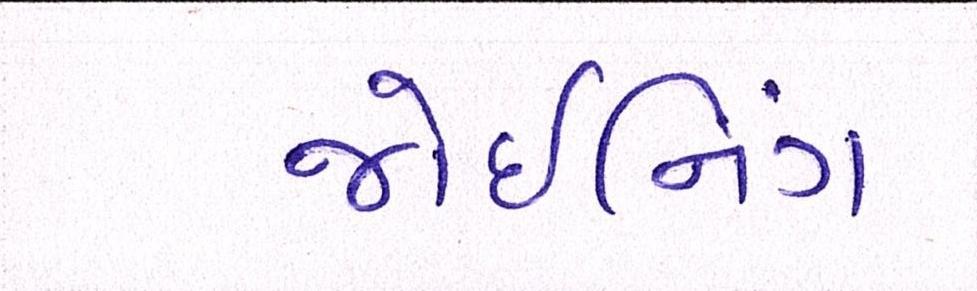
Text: જોઇનિંગ